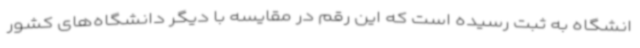
انشگاه به ثبت رسیده است که این رقم در مقایسه با دیگر دانشگاه‌های کشور